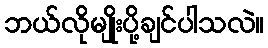
ဘယ်လိုမျိုးပို့ချင်ပါသလဲ။